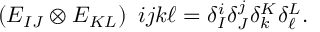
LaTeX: \begin{array} { l } { { ( E _ { I J } \otimes E _ { K L } ) } } \end{array} { i j } { k \ell } = \delta _ { I } ^ { i } \delta _ { J } ^ { j } \delta _ { k } ^ { K } \delta _ { \ell } ^ { L } .